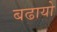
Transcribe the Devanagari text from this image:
बढायो